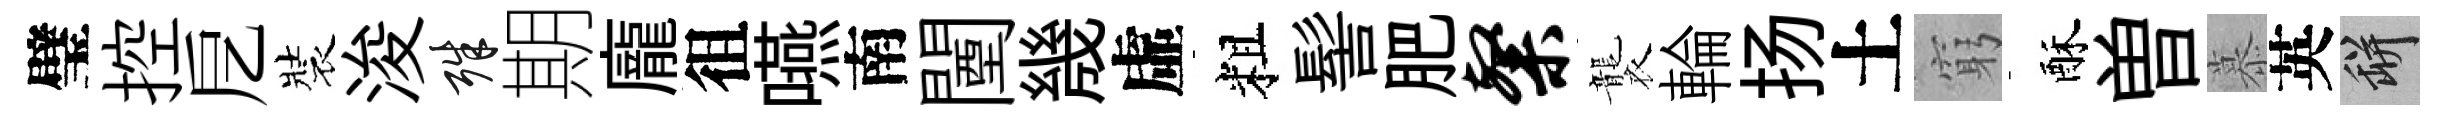
璧控戹裝浚殊期龐徂嚥南闉㡬虛粗髻肥粲襲輪扬土窮酥曽慕英瓶